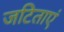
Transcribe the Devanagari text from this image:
जटिताएं